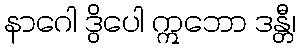
နာဂေါ ဒွိပေါ ဣဘော ဒန္တီ၊